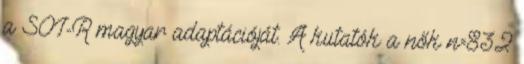
a SOI-R magyar adaptációját. A kutatók a nők n=832